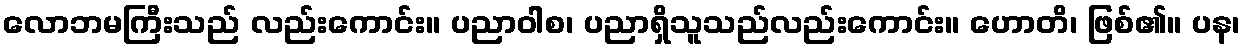
လောဘမကြီးသည် လည်းကောင်း။ ပညာဝါစ၊ ပညာရှိသူသည်လည်းကောင်း။ ဟောတိ၊ ဖြစ်၏။ ပန၊